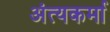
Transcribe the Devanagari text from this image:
अंत्यकर्मा